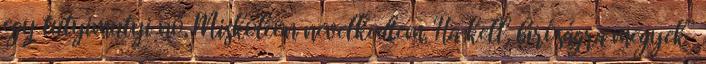
egy tutyimutyi nő, Miskolcon nevelkedtem. Ha kell, bíróságra megyek”